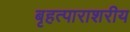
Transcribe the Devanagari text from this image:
बृहत्पाराशरीय